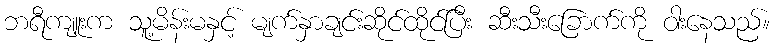
ဘရီကျူးက သူ့မိန်းမနှင့် မျက်နှာချင်းဆိုင်ထိုင်ပြီး ဆီးသီးခြောက်ကို ဝါးနေသည်။